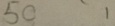
5 0 1